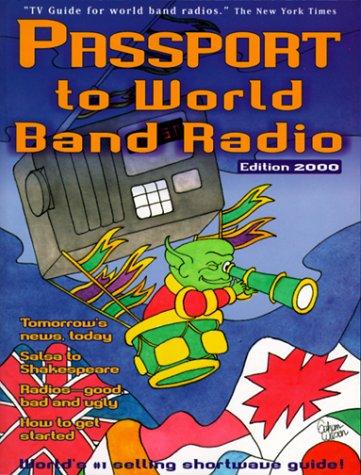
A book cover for Passport to World Band Radio: New (Passport to World Band Radio, 2000); Lawrence Magne; Humor & Entertainment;